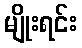
မျိုးရင်း